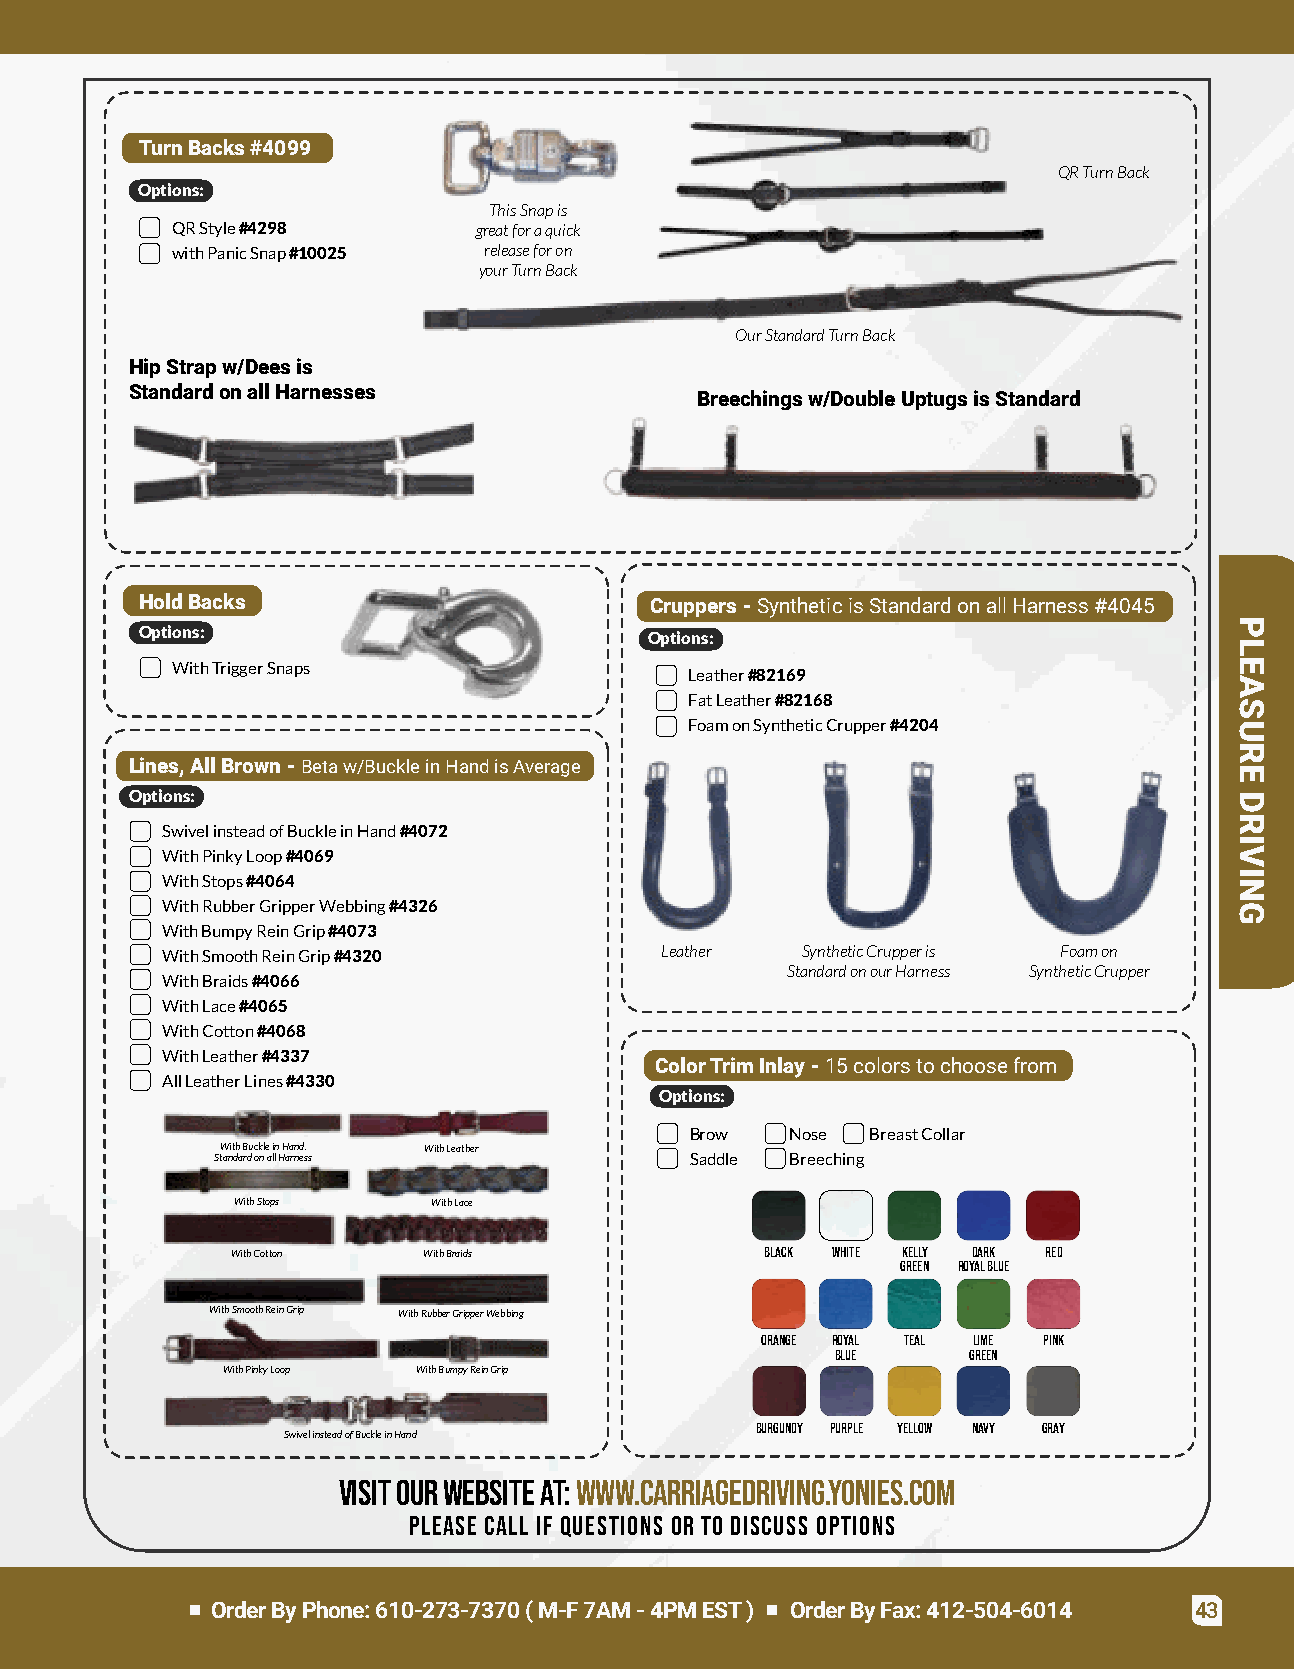
TurnBacks#4099
 QRTurnBack
 Options:
 ThisSnapis
 QRStyle#4298        greatforaquick
 withPanicSnap#10025  releaseforon
 yourTurnBack
 OurStandardTurnBack
 HipStrapw/Deesis
 StandardonallHarnesses
 Breechingsw/DoubleUptugsisStandard
 HoldBacks                         Cruppers-SyntheticisStandardonallHarness#4045
 Options:                          Options:
 WithTriggerSnaps
 Leather#82169
 FatLeather#82168
 FoamonSyntheticCrupper#4204
 Lines,AllBrown-Betaw/BuckleinHandisAverage
 Options:
 SwivelinsteadofBuckleinHand#4072
 WithPinkyLoop#4069
 WithStops#4064
 WithRubberGripperWebbing#4326
 WithBumpyReinGrip#4073
 WithSmoothReinGrip#4320          Leather  SyntheticCrupperis Foamon
 StandardonourHarness SyntheticCrupper
 WithBraids#4066
 WithLace#4065
 WithCotton#4068
 WithLeather#4337
 ColorTrimInlay-15colorstochoosefrom
 AllLeatherLines#4330
 Options:
 Brow  Nose  BreastCollar
 WithBuckleinHand. WithLeather
 StandardonallHarness            Saddle Breeching
 WithStops     WithLace
 WithCotton   WithBraids             Black White Kelly Dark Red
 Green RoyalBlue
 WithSmoothReinGrip WithRubberGripperWebbing
 Orange Royal Teal Lime Pink
 Blue     Green
 WithPinkyLoop WithBumpyReinGrip
 Burgundy Purple Yellow Navy Gray
 SwivelinsteadofBuckleinHand
 Visitourwebsiteat:www.carriagedriving.yonies.com
 Please call if questions or to discuss options
 OrderByPhone:610-273-7370(M-F7AM-4PMEST) OrderByFax:412-504-6014 43
 PLEASURE
 DRIVING